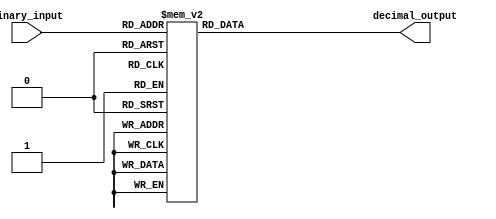
module decimal_decoder(
    input [3:0] binary_input,
    output reg [3:0] decimal_output
);

always @(*) begin
    case(binary_input)
        4'b0000: decimal_output = 4'b0000; // decimal 0
        4'b0001: decimal_output = 4'b0001; // decimal 1
        4'b0010: decimal_output = 4'b0010; // decimal 2
        4'b0011: decimal_output = 4'b0011; // decimal 3
        4'b0100: decimal_output = 4'b0100; // decimal 4
        4'b0101: decimal_output = 4'b0101; // decimal 5
        4'b0110: decimal_output = 4'b0110; // decimal 6
        4'b0111: decimal_output = 4'b0111; // decimal 7
        4'b1000: decimal_output = 4'b1000; // decimal 8
        4'b1001: decimal_output = 4'b1001; // decimal 9
        default: decimal_output = 4'bxxxx; // invalid input
    endcase
end

endmodule